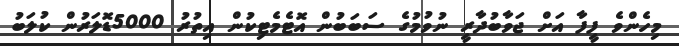
މިހެންވެ ފީފާ އަށް ޖަވާބުދާރީ ނުވުމުގެ ސަބަބުން އޮޓެމެޓިކުން އިތުރު 5000ޑޮލަރުން ކުލަބު